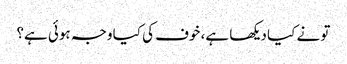
تو نے کیا دیکھا ہے، خوف کی کیا وجہ ہوئی ہے؟